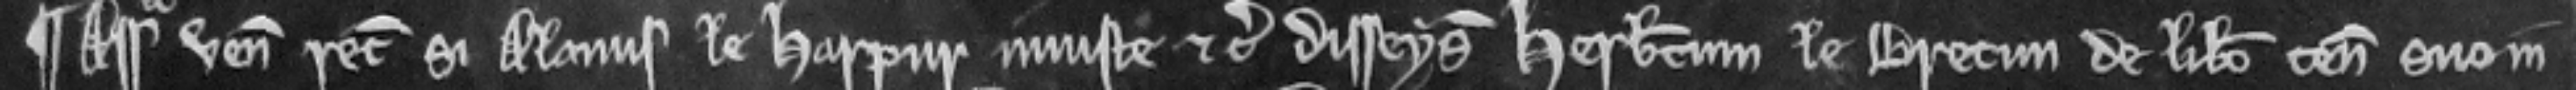
¶ Assisa venit recognitura si Alanus le Harpur injuste etc disseisivit Herbertum le Bretun de libero tenementosuo in